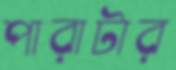
পারাটার